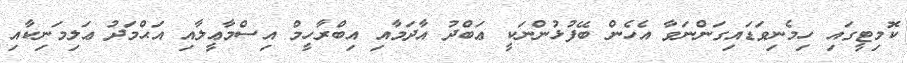
ކޮމިޓީގައި ހިމެނިވަޑައިގަންނަވާ އެހެން ބޭފުޅުންނަކީ ޢަބްދު އާދަމާއި އިބްރާހީމް އިސްމާޢީލާއި އަޙްމަދު ޢަލިމަނިކާއި